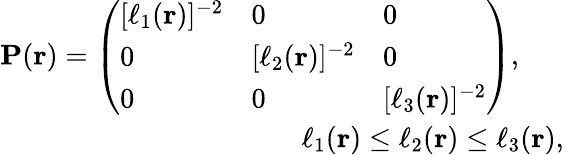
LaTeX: \begin{array}{r}{\mathbf{P}(\mathbf{r})=\left(\begin{array}{lll}{[\ell_{1}(\mathbf{r})]^{-2}}&{0}&{0}\\ {0}&{[\ell_{2}(\mathbf{r})]^{-2}}&{0}\\ {0}&{0}&{[\ell_{3}(\mathbf{r})]^{-2}}\end{array}\right),\quad\quad}\\ {\ell_{1}(\mathbf{r})\le\ell_{2}(\mathbf{r})\le\ell_{3}(\mathbf{r}),~}\end{array}